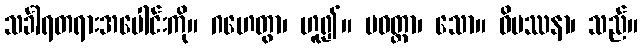
သင်္ခါရတရားအပေါင်းကို။ ဂဟေတွာ၊ ဟူ၍။ ပဝတ္တာ၊ သော။ ဝိပဿနာ၊ သည်။